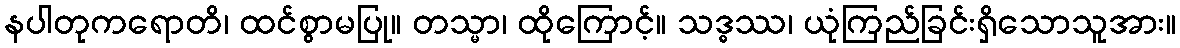
နပါတုကရောတိ၊ ထင်စွာမပြု။ တသ္မာ၊ ထိုကြောင့်။ သဒ္ဓဿ၊ ယုံကြည်ခြင်းရှိသောသူအား။